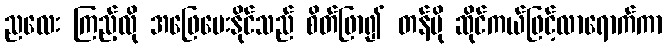
ညလေး ကြည့်လို အဖြေပေးနိုင်သည် စိတ်ဖြာ၍ တန်ပို ဆိုင်ကယ်ဖြင့်လာရောက်ကာ